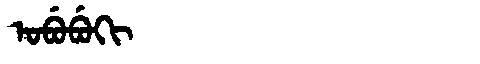
Manchu: ᠣᠪᡠᠪᡠᡴᡳ
Romanization: OBUBUKI